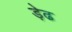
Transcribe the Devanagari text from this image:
ड़ेढ